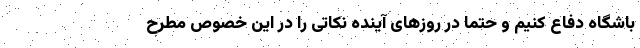
باشگاه دفاع کنیم و حتما در روزهای آینده نکاتی را در این خصوص مطرح